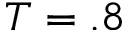
T = . 8